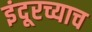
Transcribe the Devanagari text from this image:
इंदूरच्याच